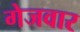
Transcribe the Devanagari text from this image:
गेजवार